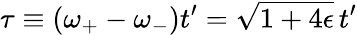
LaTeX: \tau\equiv(\omega_{+}-\omega_{-})t^{\prime}=\sqrt{1+4\epsilon}\, t^{\prime}